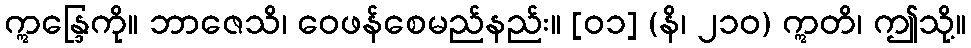
ဣန္ဒြေကို။ ဘာဇေသိ၊ ဝေဖန်စေမည်နည်း။ [၀၁] (နိ၊ ၂၁၀) ဣတိ၊ ဤသို့။